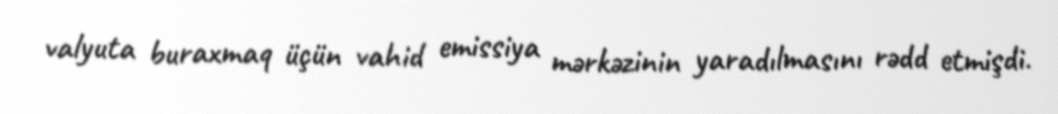
valyuta buraxmaq üçün vahid emissiya mərkəzinin yaradılmasını rədd etmişdi.